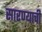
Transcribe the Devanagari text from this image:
सारण्याची